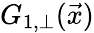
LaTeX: G_{1,\bot}(\vec{x})